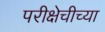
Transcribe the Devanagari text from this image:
परीक्षेचीच्या